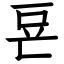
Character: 䜳